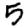
Digit: 5